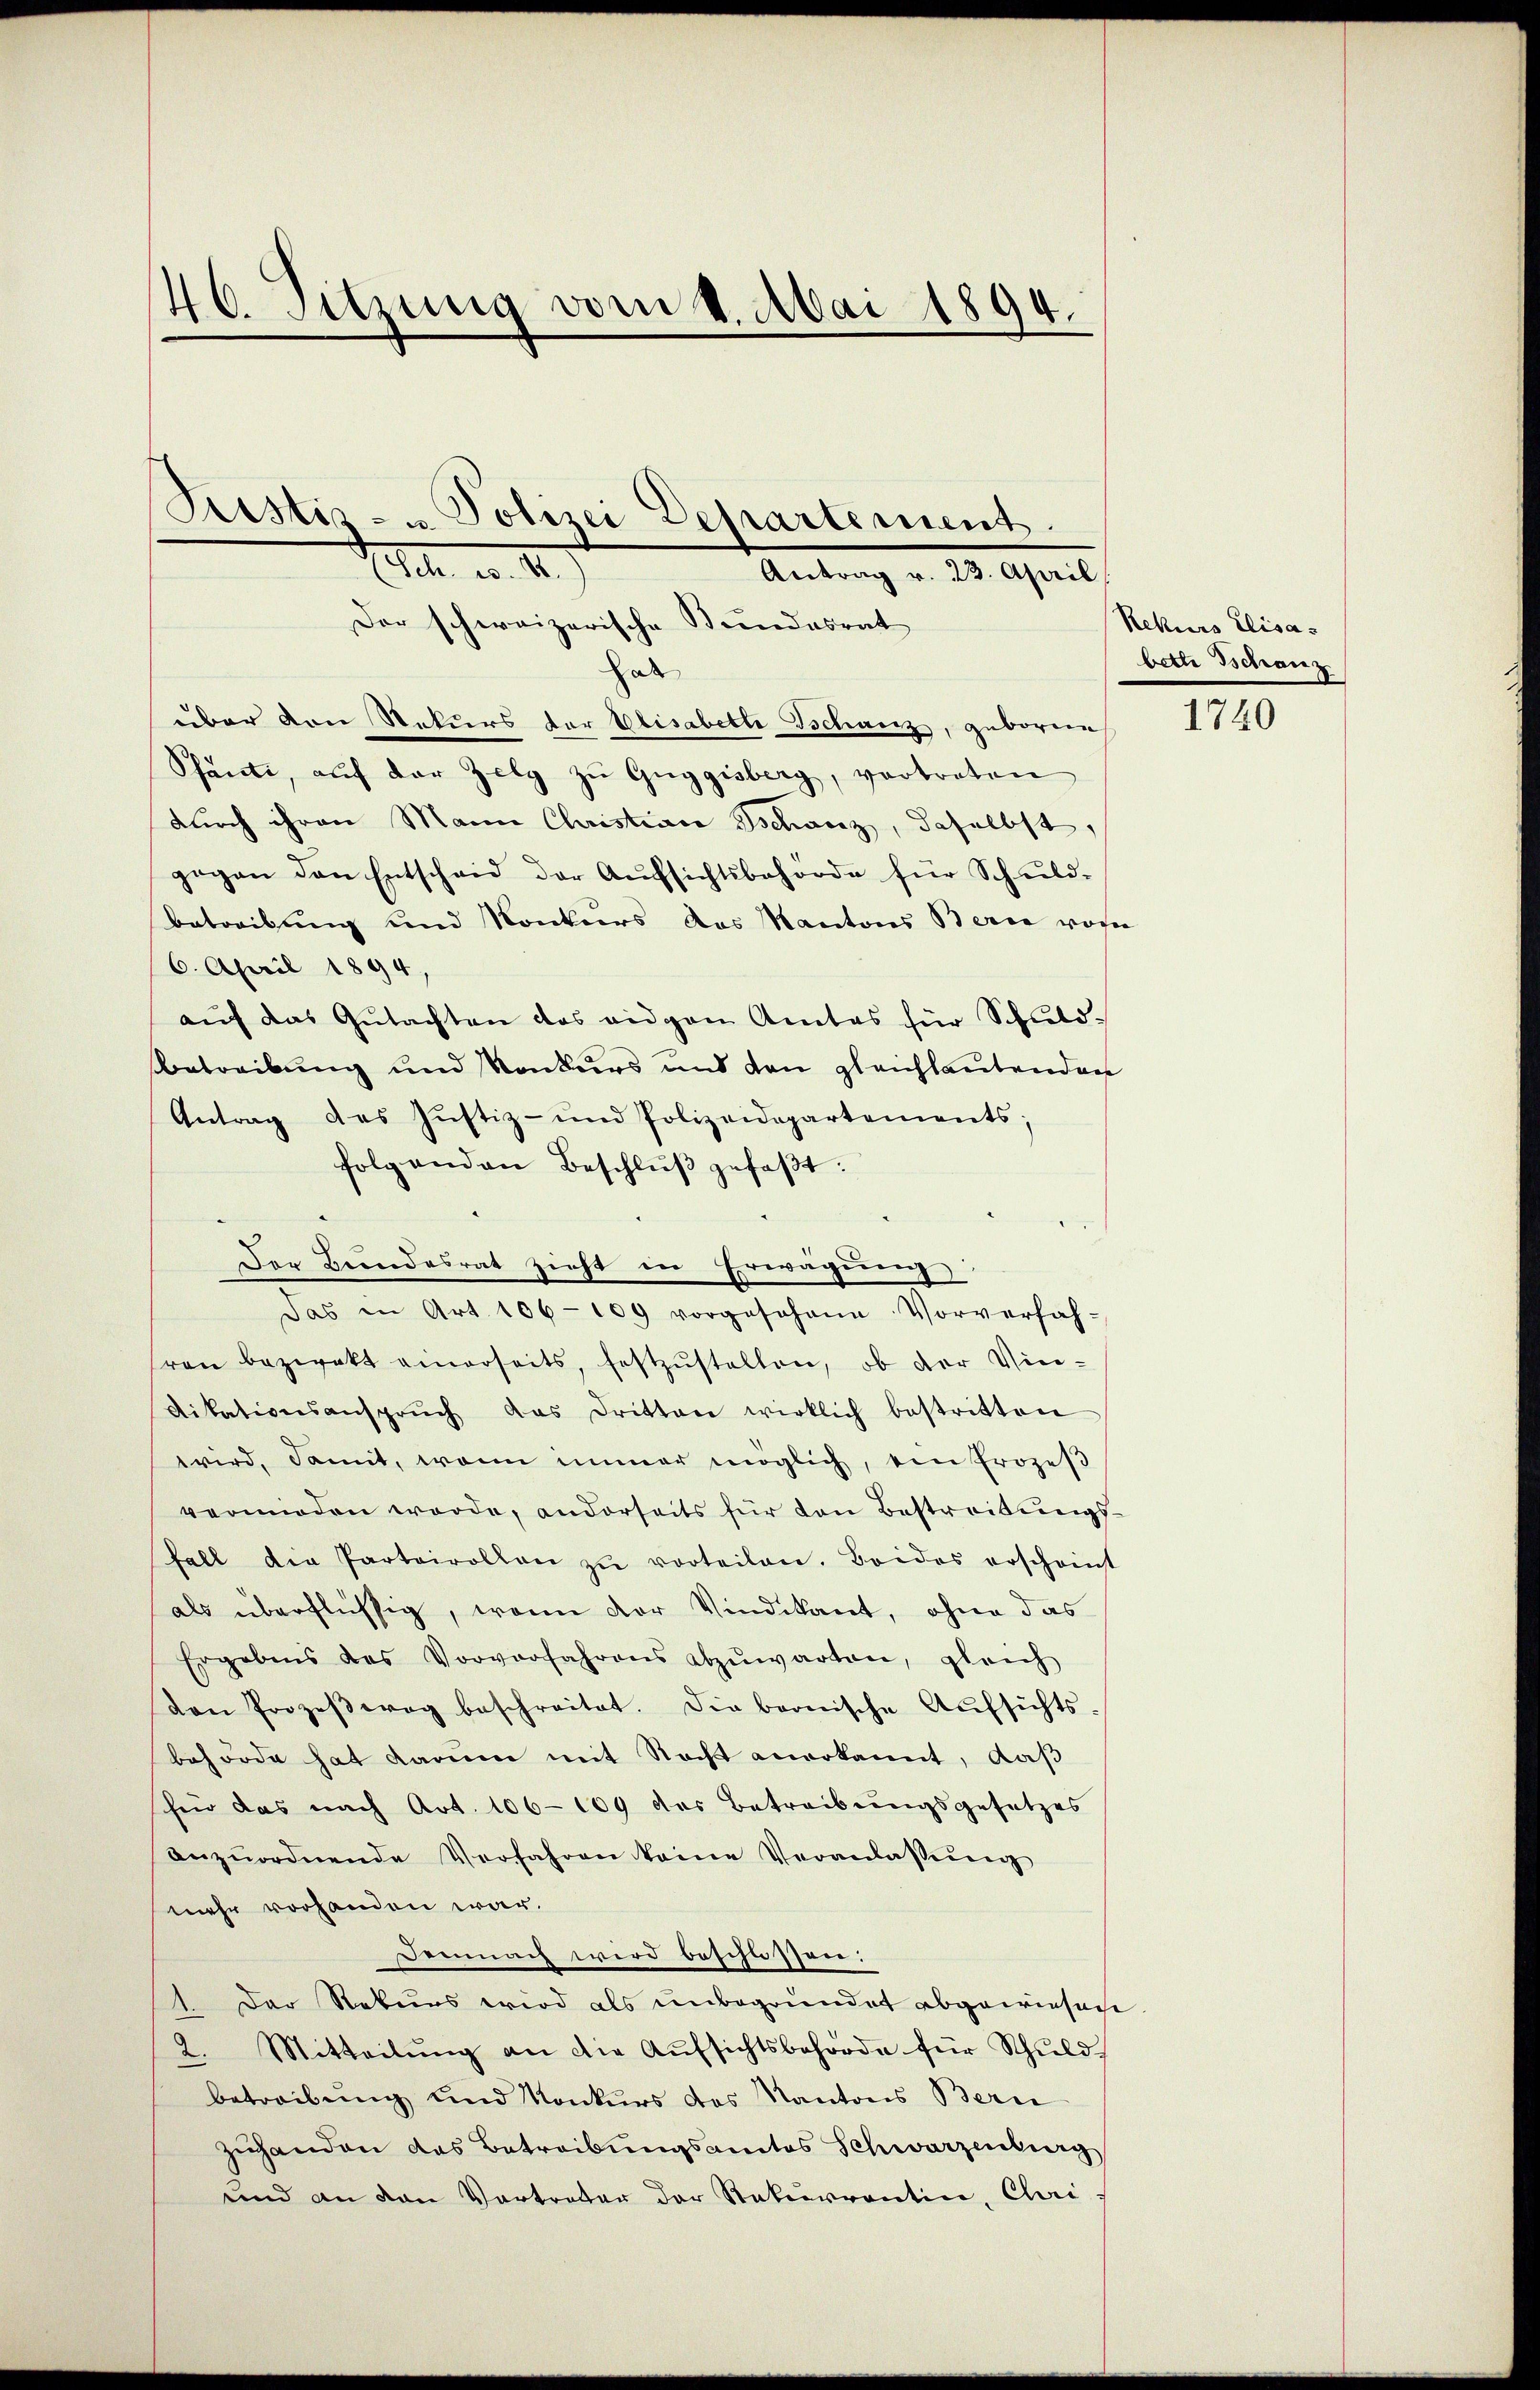
40. Sitzung vom 1. Mai 1894.

Pustiz- u Polizei Departement.
. a. 1.
Antrag v. 23. April
Der schweizerische Kindesrat

Hab
über den Rekurs der Elisabeth Schanz, geborene
Schanti, aŭf der Zelg zŭ Gŭggisberg, vortreten
durch ihren Mann Christian Schanz, daselbst,
gegen den Entscheid der Aŭfsichtsbehörde für Schŭld-
betreibung und Konkurs das Kantons Berie von
6. April 1894,
aŭf das Gutachten das eidgen Amtes für Schuld-
Betreibung und Konkurs und von gleichlautenden
Antrag des Justiz- und Polizeidepartements;
folgenden Beschlŭβ gefaβt:
Der Bundesrat zieht in Erwägung:
Das in Art. 106-109 vorgesehene Vorverfah-
ven bezwekt einerseits, festzŭstellen, ob der Vier-
dikationsansprŭch das Dritten wirklich bestritten
wird, damit, wenn immer möglich, ein Prozeβ
vermnoden werde, anderseits für den Bestreibŭngs-
fall die Partirollen zŭ vorteilen. Beides erscheint
als überflüssig, wenn der Vindikant, ohne das
Ergebens des Vorverfahrens abzŭwarten, gleich
von Prozeβwog beschreitet. Die beonische Aŭfsichts-
behörde hat darum mit Recht anerkannt, daß
für das nach Art. 106-109 das Betreibungsgesetzes
anzŭordnende Verfahren keine Veranlassŭng
mehr vorhanden war.
Demnach wird beschlossen:
1. Der Rekurs wird als unbegründet abgewiesen
2. Mitteilŭng an die Aŭfsichtsbehörde für Schŭld
betreibung und Konkurs des Kantons Bern
zuhanden das Betreibungsamtes Schwarzenburg,
und an den Vortreter der Rekurrentin, Chri

Rekurs Elisabette Tschanz

1740